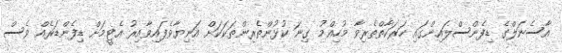
އާސެނަލްގެ ޑިފެންސްލައިންގައި ހަރަކާތްތެރިވާ މުހިއްމު ގިނަ ކުޅުންތެރިންތަކަކަށް އަނިޔާވެފައިވާއިރު އެޓީމަށް ޑިފެންޑަރެއް ވެސް